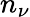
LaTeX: n_{\nu}